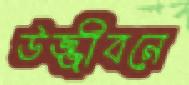
উজ্জীবনে